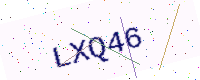
Text: LXQ46